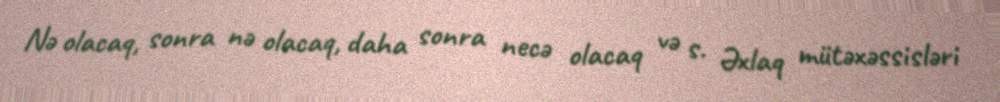
Nə olacaq, sonra nə olacaq, daha sonra necə olacaq və s. Əxlaq mütəxəssisləri